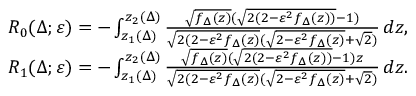
\begin{array} { r } { R _ { 0 } ( \Delta ; \varepsilon ) = - \int _ { z _ { 1 } ( \Delta ) } ^ { z _ { 2 } ( \Delta ) } \frac { \sqrt { f _ { \Delta } ( z ) } ( \sqrt { 2 ( 2 - \varepsilon ^ { 2 } f _ { \Delta } ( z ) ) } - 1 ) } { \sqrt { 2 ( 2 - \varepsilon ^ { 2 } f _ { \Delta } ( z ) } ( \sqrt { 2 - \varepsilon ^ { 2 } f _ { \Delta } ( z ) } + \sqrt 2 ) } \, d z , } \\ { R _ { 1 } ( \Delta ; \varepsilon ) = - \int _ { z _ { 1 } ( \Delta ) } ^ { z _ { 2 } ( \Delta ) } \frac { \sqrt { f _ { \Delta } ( z ) } ( \sqrt { 2 ( 2 - \varepsilon ^ { 2 } f _ { \Delta } ( z ) ) } - 1 ) z } { \sqrt { 2 ( 2 - \varepsilon ^ { 2 } f _ { \Delta } ( z ) } ( \sqrt { 2 - \varepsilon ^ { 2 } f _ { \Delta } ( z ) } + \sqrt 2 ) } \, d z . } \end{array}